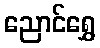
ညောင်ရွှေ